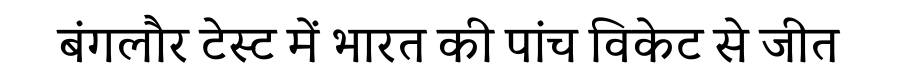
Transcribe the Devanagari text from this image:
बंगलौर टेस्ट में भारत की पांच विकेट से जीत